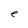
Character: e